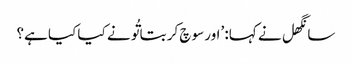
سانگھل نے کہا: ’اور سوچ کر بتا تُو نے کیا کیا ہے؟